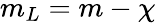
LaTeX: m_{L}=m-\chi